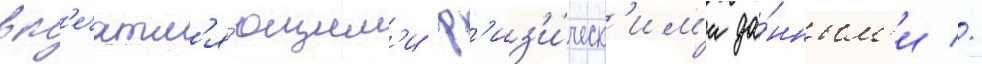
вп'ечатл'я́ющим'и ф'из'и́ческ'им'и да́нным'и //